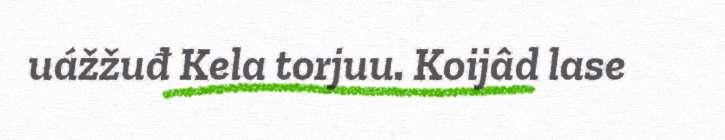
uážžuđ Kela torjuu. Koijâd lase